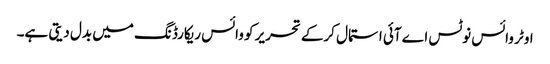
اوٹر وائس نوٹس اے آئی استمال کرکے تحریر کو وائس ریکارڈنگ میں بدل دیتی ہے۔